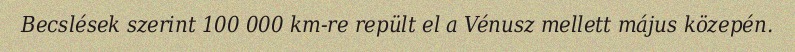
Becslések szerint 100 000 km-re repült el a Vénusz mellett május közepén.